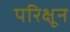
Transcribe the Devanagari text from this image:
परिक्षून